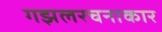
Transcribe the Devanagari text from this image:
गझलरचनाकार